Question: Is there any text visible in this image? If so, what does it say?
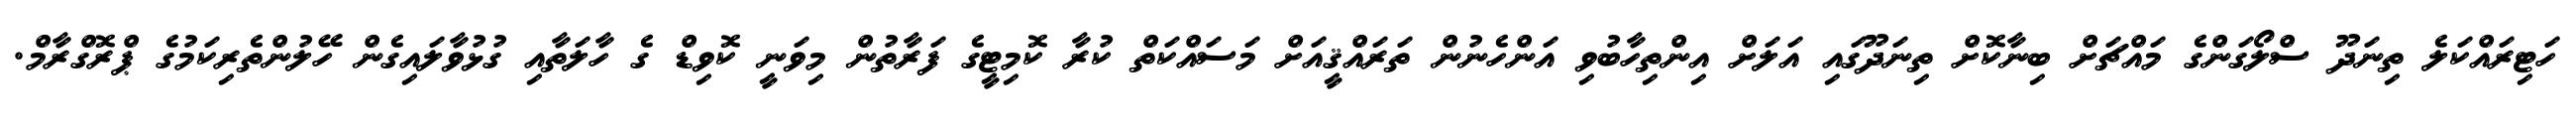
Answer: ހަޓިރައްކަލެ ތިނަދޫ ސްލޯގަންގެ މައްޗަށް ބިނާކޮށް ތިނަދޫގައި އަލަށް އިންތިހާބުވި އަންހެނުން ތަރައްޤީއަށް މަސައްކަތް ކުރާ ކޮމިޓީގެ ފަރާތުން މިވަނީ ކޮވިޑް ގެ ހާލަތާއި ގުޅުވާލައިގެން ހޭލުންތެރިކަމުގެ ޕްރޮގްރާމް.